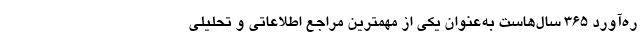
ره‌آورد 365 سال‌هاست به‌عنوان یکی از مهمترین مراجع اطلاعاتی و تحلیلی